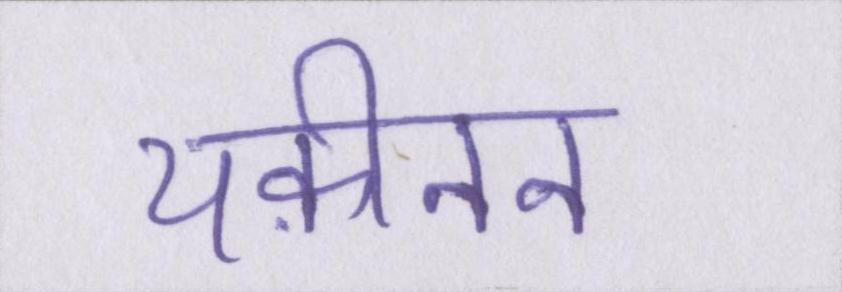
यक़ीनन